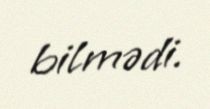
bilmədi.